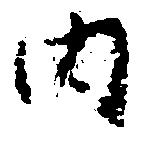
内